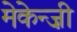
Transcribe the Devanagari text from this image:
मेकेन्ज़ी